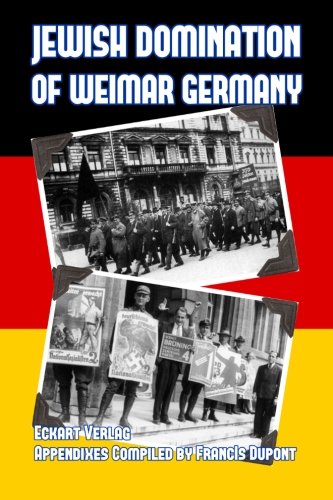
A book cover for Jewish Domination of Weimar Germany; Eckhart Verlag; History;